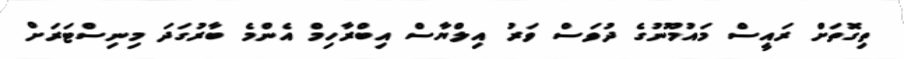
ތިގޮތަށް ރައީސް މައުމޫނުގެ ދުވަސް ވަރު އިލްޔާސް އިބްރާހިމް އެންމެ ބާރުގަދަ މިނިސްޓަރަށް